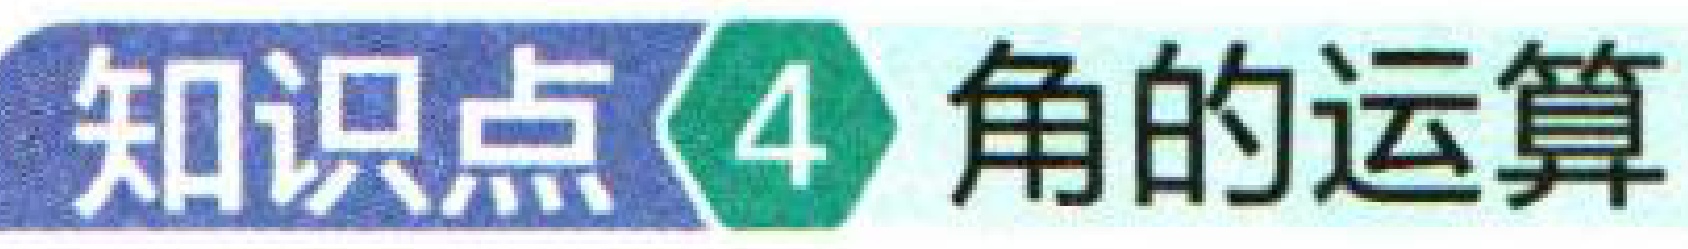
知识点\(4\) 角的运算